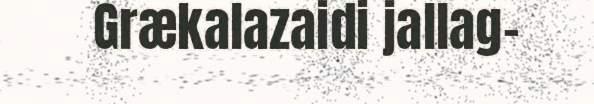
Grækalazaidi jallag-